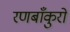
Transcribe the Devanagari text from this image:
रणबाँकुरों